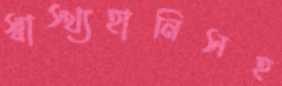
স্বাস্থ্যহানিসহ